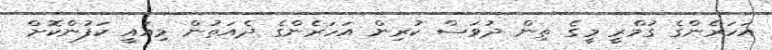
އަހަރެންގެ ގުމްރީ މީގެ ތިން ދުވަސް ކުރިން އަހަރެންގެ ދެއަތުން މިއައީ ކަފުންކޮށް